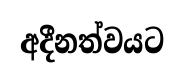
අදීනත්වයට